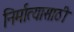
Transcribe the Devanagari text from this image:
निर्मात्यासाठी